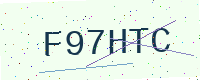
Text: F97HTC